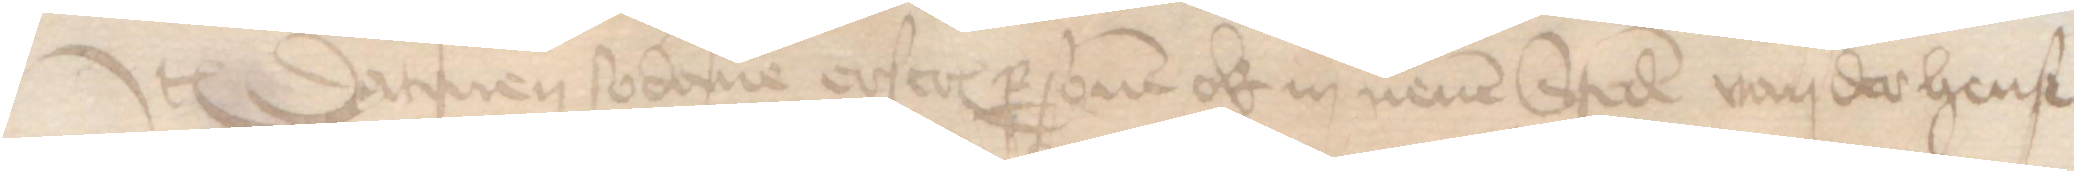
Jtem Datmen sodane erscreuen personen ok in nenen Steden van der hense